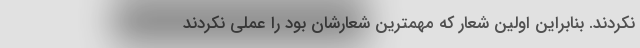
نکردند. بنابراین اولین شعار که مهمترین شعارشان بود را عملی نکردند